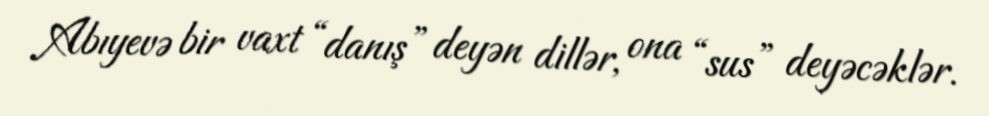
Abıyevə bir vaxt “danış” deyən dillər, ona “sus” deyəcəklər.